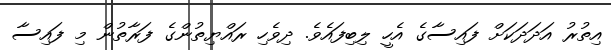
އިތުރު އަދަދަކަށް ފައިސާގެ އެހީ ލިބިފައެވެ. ދިވެހި ރައްޔިތުންގެ ފަރާތުން މި ފައިސާ